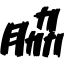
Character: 脇